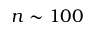
n \sim 1 0 0